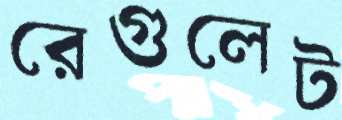
রেগুলেট